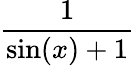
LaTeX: \frac{1}{\sin(x)+1}